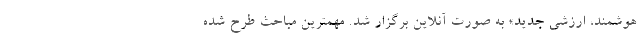
هوشمند، ارزشی جدید» به صورت آنلاین برگزار شد. مهمترین مباحث طرح شده